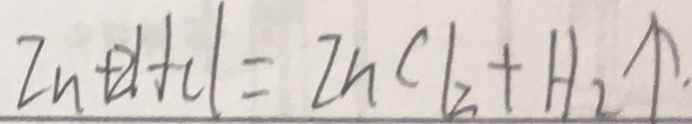
Z n + 2 H C l = Z n C l _ { 2 } + H _ { 2 } \uparrow .